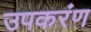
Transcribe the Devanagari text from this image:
उपकरंण